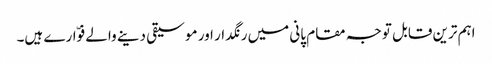
اہم ترین قابل توجہ مقام پانی میں رنگدار اور موسیقی دینے والے فوّارے ہیں۔